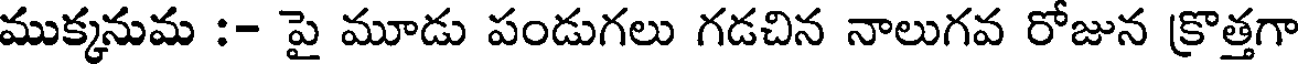
ముక్కనుమ :- పై మూడు పండుగలు గడచిన నాలుగవ రోజున క్రొత్తగా